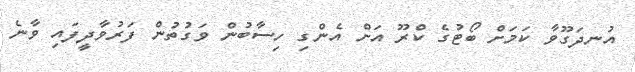
އުނދަގޫވާ ކަމަށް ބޯޓުގެ ކްރޫ އަށް އެންގި ހިސާބުން ވަގުތުން ފަރުވާދީފައި ވާނެ